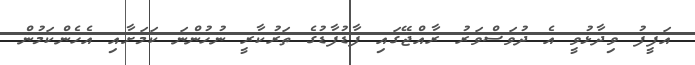
އަފީފު ވިދާޅުވީ އެ ދުވަސްވަރު ރާއްޖޭގައި ފާޑުފާޑުގެ ތަރުކާރީ ނުހުންނަ ކަމަށާއި އެހެންކަމުން